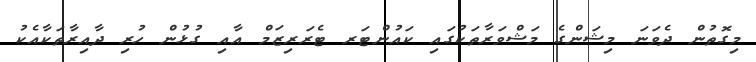
މިގޮތުން ދެވަނަ މިޝަންގެ މަޝްވަރާތަކުގައި ކައުންޓަރ ޓެރަރިޒަމް އާއި ގުޅުން ހުރި ދާއިރާތަކާއެކު